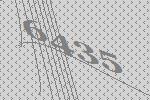
6435